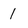
Character: 1